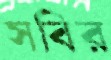
সবির